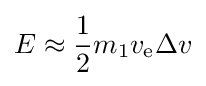
E\approx {\frac {1}{2}}m_{1}v_{\text{e}}\Delta v